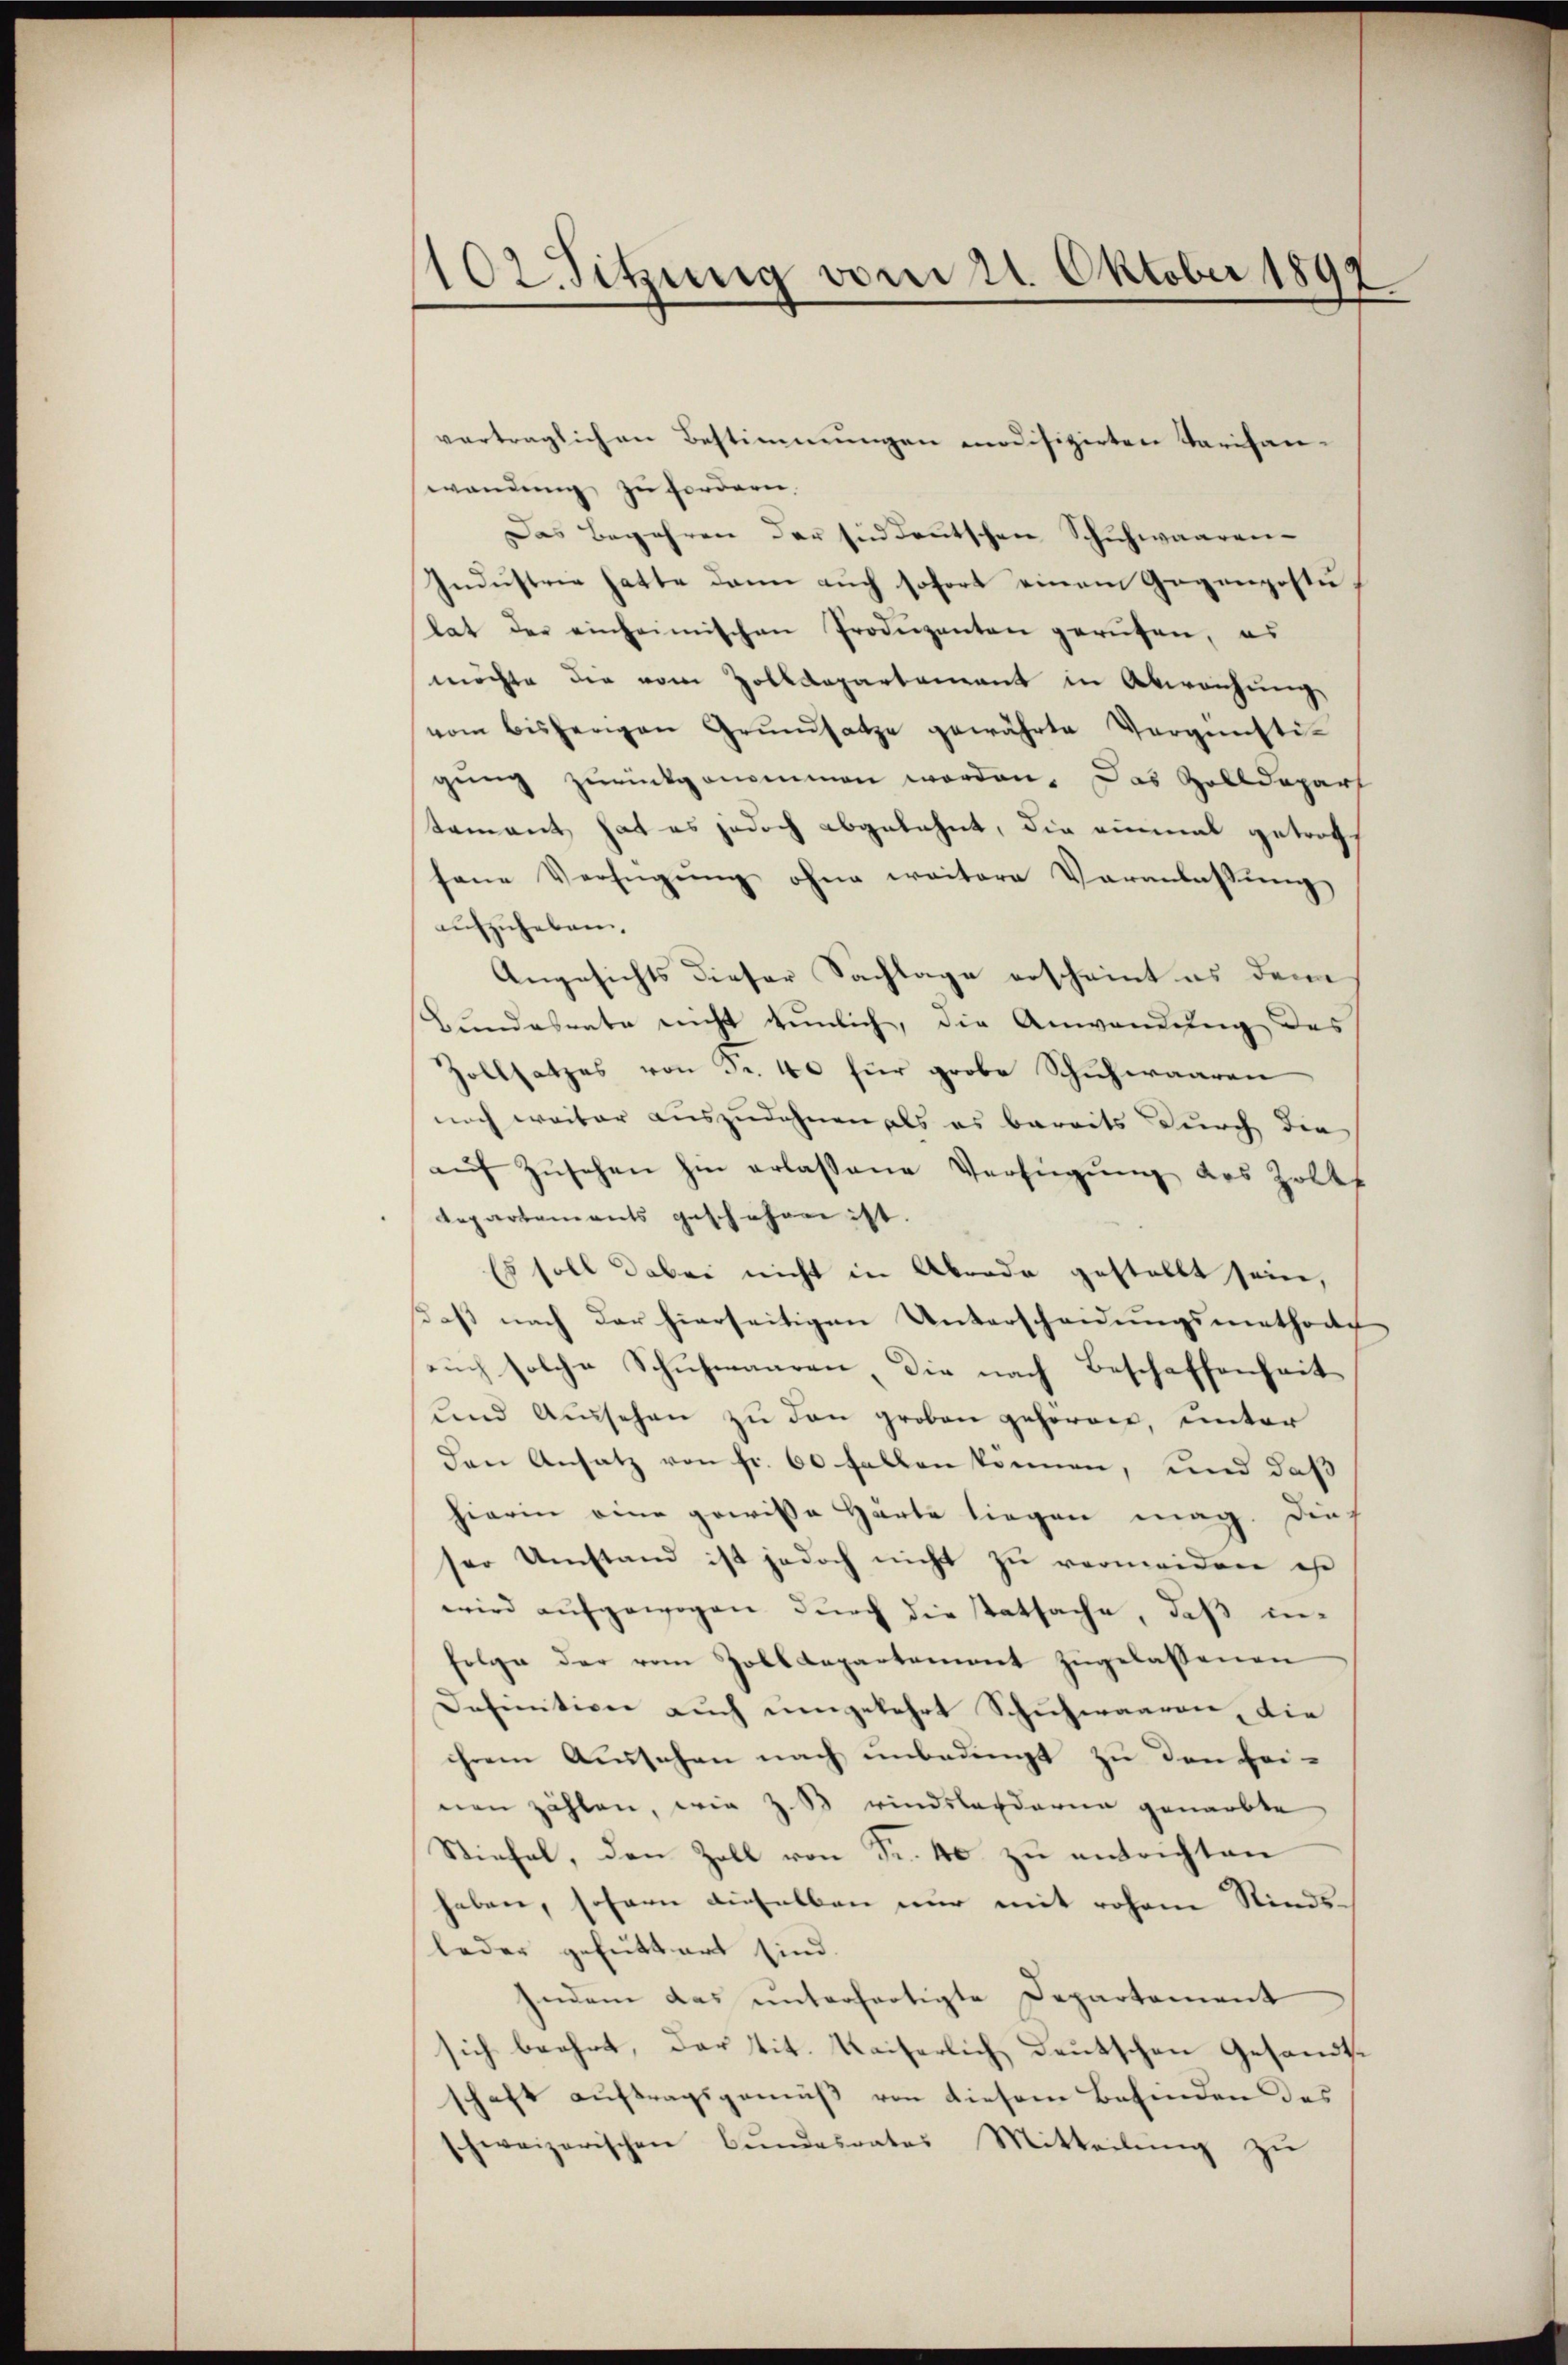
102. Sitzung vom 21. Oktober 1892

vertraglichen Bestimmungen modifizirten Tarifan-
wendung zu fordern.
Das Begehren der sind deutschen Schuhwaaren-
Industrie hatte dann auch sofort einem Gegenpostu
tat der einheimischen Produzenten gerufen, es
möchte die vom Zolldepartement in Abweichung
vom bisherigen Grŭndsatze gewährte Vergünsti-
gung zurückgenommen worden. Das Zolldepart
tament hat es jedoch abgelehnt, die einmal getrot
sane Verfügŭng ohne weitere Veranlassŭng
aufzuheben.
Angesichts dieser Sachlage erscheint es dem
Bundesrate nicht tunlich, die Anwendung des
Zollsatzes von Fr. 40 für grobe Schuhwaaren
noch weiter auszudehnen als es bereits durch die
aŭf Zŭsehen hin erlassene Verfügung des Zolkt
Repartements geschehen ist.
Es soll dabei nicht in Aberde gestellt seine,
ßaß nach der hierseitigen Unterscheidungsmethode
auch solche Schuhmaaren, die nach Beschaffenheit
und Aussehen zŭ den groben gehören, unter
Den Ansatz von fr. 60 fallen können, und daß
hierin eine gewiße Härte liegen mag. Dies
ser Umstand ist jedoch nicht zu vermeiden ist
wird aufgewogen durch die tatsache, daß infolge der vom Zolldepartement zugelassenen
Definition auch umgekehrt Schuhwaaren, die
ihrem Aussehen nach unbedingt zu den bei-
nen zählen, wie z. B rindslanderen genarbte
Stiefel, den Zoll von Fr. 40 zu entrichten
haben, sofern dieselben nur mit rohene Kindsleder gefüttert sind.
Indem das unterfertigte Departement
sich beehrt, das tit. Kaiserlich deutschen Gesandte
schaft auftragsgemäß von diesem Befinden des
schweizerischen Bŭndesrates Mitteilŭng zŭ